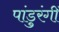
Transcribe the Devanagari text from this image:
पांडुरंगीं